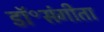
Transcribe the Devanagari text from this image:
डॉ॰संगीता